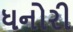
ધનોરી